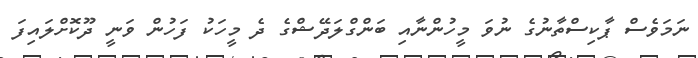
ނަމަވެސް ޕާކިސްތާނުގެ ނުވަ މީހުންނާއި ބަންގްލަދޭޝްގެ ދެ މީހަކު ފަހުން ވަނީ ދޫކޮށްލައިފަ